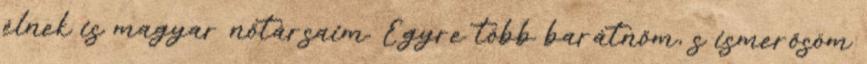
élnek is magyar nőtársaim. Egyre több barátnőm, s ismerősöm